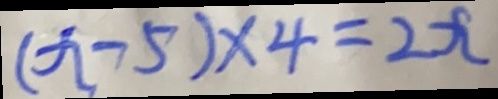
( x - 5 ) \times 4 = 2 x